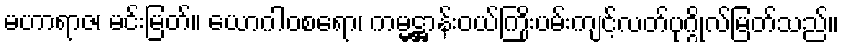
မဟာရာဇ၊ မင်းမြတ်။ ယောဂါဝစရော၊ ကမ္မဋ္ဌာန်းဝယ်ကြိုးပမ်းကျင့်လတ်ပုဂ္ဂိုလ်မြတ်သည်။